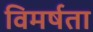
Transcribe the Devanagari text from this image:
विमर्षता